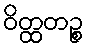
ဝိတ္ထတဉ္စ